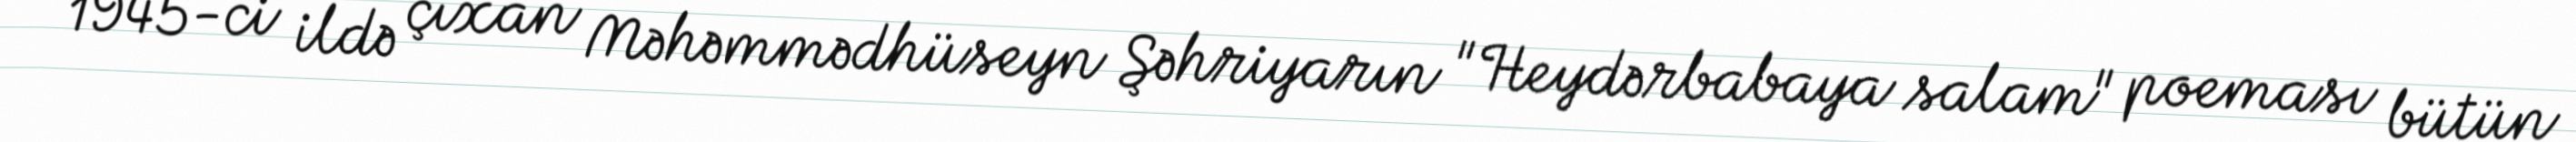
1945-ci ildə çıxan Məhəmmədhüseyn Şəhriyarın "Heydərbabaya salam" poeması bütün